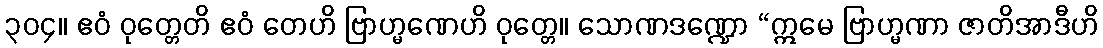
၃၀၄။ ဧဝံ ဝုတ္တေတိ ဧဝံ တေဟိ ဗြာဟ္မဏေဟိ ဝုတ္တေ။ သောဏဒဏ္ဍော “ဣမေ ဗြာဟ္မဏာ ဇာတိအာဒီဟိ